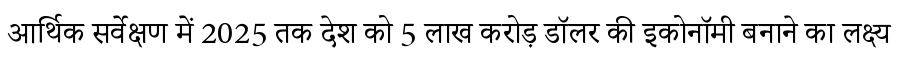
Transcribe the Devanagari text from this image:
आर्थिक सर्वेक्षण में 2025 तक देश को 5 लाख करोड़ डॉलर की इकोनॉमी बनाने का लक्ष्य